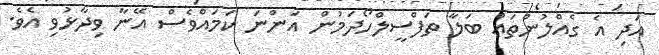
އަދި އެ ގެއްލުންތައް ބަލާ ތަފްސީލްހޯދަމުން އަންނަ ކަމައްވެސް އޭނާ ވިދާޅުވި އެވެ.